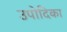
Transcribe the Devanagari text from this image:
उपोदिका